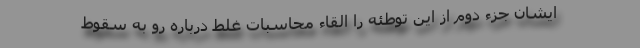
ایشان جزء دوم از این توطئه را القاء محاسبات غلط درباره رو به سقوط